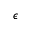
\epsilon